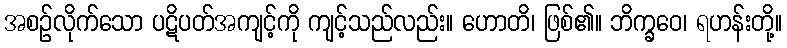
အစဉ်လိုက်သော ပဋိပတ်အကျင့်ကို ကျင့်သည်လည်း။ ဟောတိ၊ ဖြစ်၏။ ဘိက္ခဝေ၊ ရဟန်းတို့။